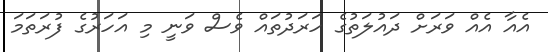
އެއާ އެއް ވަރަށް ދައުލަތުގެ ހަރަދުތައް ވެސް ވަނީ މި އަހަރުގެ ފުރަތަމަ